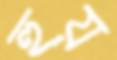
হুয়